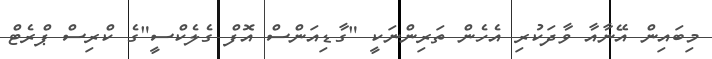
މިބައިން އޭނާއާ ވާދަކުރި އެހެން ތަރިންނަކީ "ގާޑިއަންސް އޮފް ގެލެކްސީ"ގެ ކްރިސް ޕްރެޓް